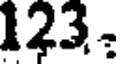
123: